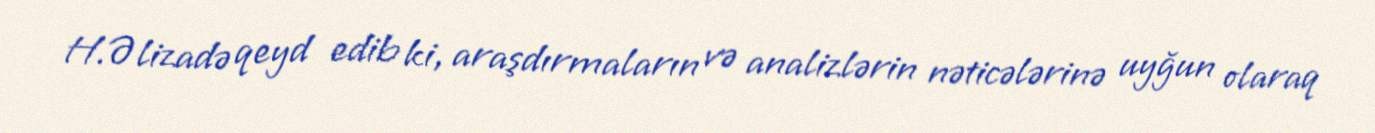
H.Əlizadə qeyd edib ki, araşdırmaların və analizlərin nəticələrinə uyğun olaraq